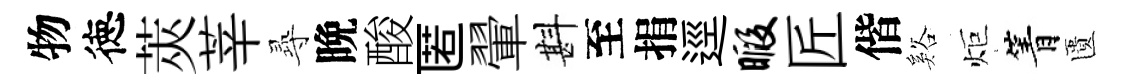
物徳莢莘𡬶晩酸匿翬斟至捐逕暇匠偕谿炬箐匱